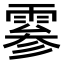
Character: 𫕨